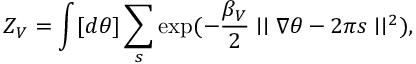
Z _ { V } = \int [ d \theta ] \sum _ { s } \exp ( - \frac { { \beta } _ { V } } { 2 } \mid \mid \nabla \theta - 2 \pi s \mid \mid ^ { 2 } ) ,